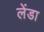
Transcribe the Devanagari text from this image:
लेंडा